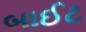
બાઈટ